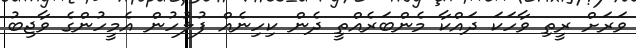
ވަަރަށް ރީތި ވާހަކަ ދައްްކާ މެންބަރެއްތީ ދެން ކިހިނެއް ފުލުހުން އެމީހުންގެ ވާޖިބު